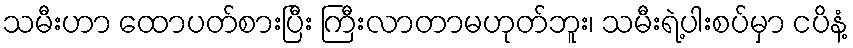
သမီးဟာ ထောပတ်စားပြီး ကြီးလာတာမဟုတ်ဘူး၊ သမီးရဲ့ပါးစပ်မှာ ငပိနံ့